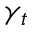
\gamma _ { t }